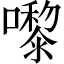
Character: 嚟